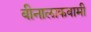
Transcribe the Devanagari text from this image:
बीनालाकवामी